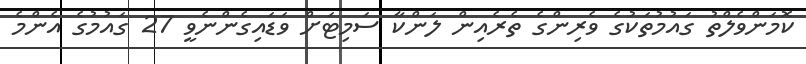
ކޮމަންވެލްތު ގައުމުތަކުގެ ވެރިންގެ ތެރެއިން ލަންކާ ސަމިޓަށް ވަޑައިގެންނެވީ 27 ގައުމުގެ އެންމެ